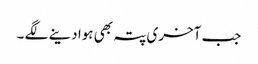
جب آخری پتہ بھی ہوا دینے لگے ۔